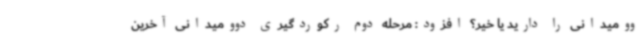
وومیدانی را دارید یا خیر؟ افزود: مرحله دوم رکوردگیری دوومیدانی آخرین